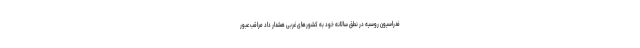
فدراسیون روسیه در نطق سالانه خود به کشورهای غربی هشدار داد مراقب عبور